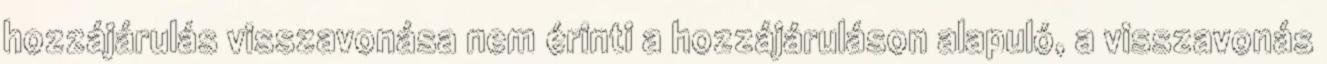
hozzájárulás visszavonása nem érinti a hozzájáruláson alapuló, a visszavonás